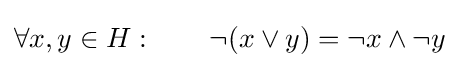
\forall x,y\in H:\qquad \lnot (x\vee y)=\lnot x\wedge \lnot y